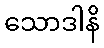
သောဒါနိ